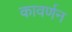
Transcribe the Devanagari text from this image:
कावर्णन